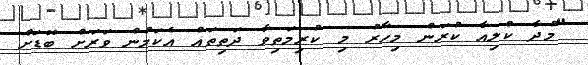
"މުދާ ކްލިއާ ކުރަން މިހާރު މި ކުރިމަތިވާ ދަތިތައް އެކަމުން ވަރަށް ބޮޑަށް